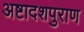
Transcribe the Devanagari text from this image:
अष्टादशपुराण